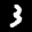
Label: 3